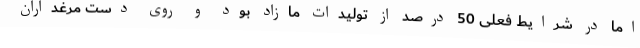
اما در شرایط فعلی 50 درصد از تولیدات مازاد بود و روی دست مرغداران